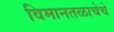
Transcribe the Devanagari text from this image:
विमानतळाचेचे